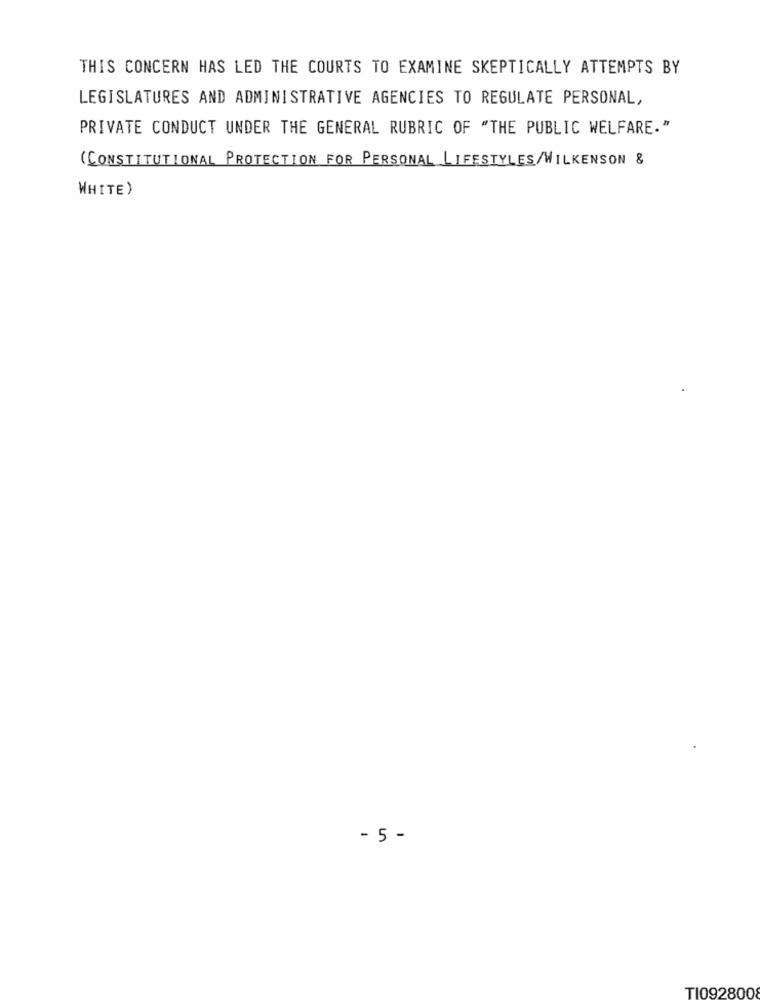
THIS CONCERN HAS LED THE COURTS TO EXAMINE SKEPTICALLY ATTEMPTS BY
LEGISLATURES AND ADMINISTRATIVE AGENCIES TO REGULATE PERSONAL,
PRIVATE CONDUCT UNDER THE GENERAL RUBRIC OF "THE PUBLIC WELFARE."
(CONSTITUTIONAL PROTECTION FOR PERSONAL LIFESTYLES/WILKENSON &
WHITE)
- 5 -
TI092800